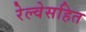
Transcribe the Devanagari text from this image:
रेल्वेसहित